Dysentery in Hazaribagh Central Jail - Number 52
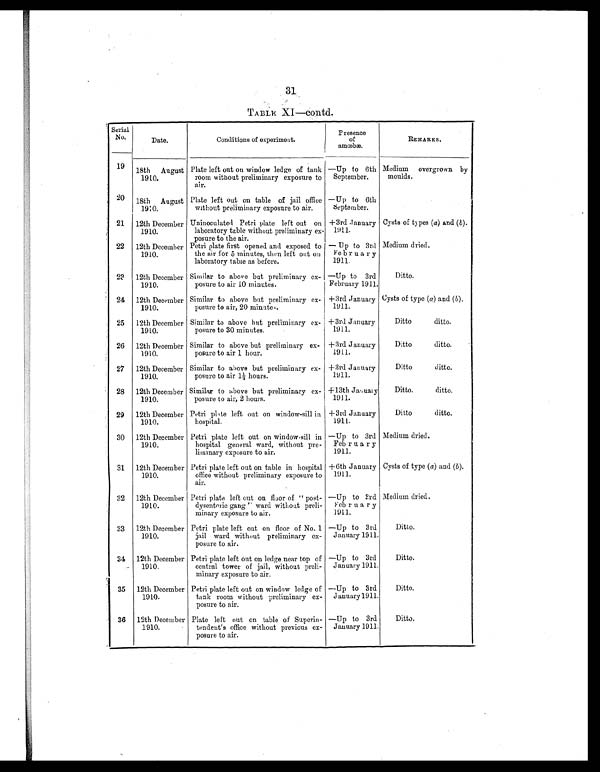
31
TABLE XI—contd.
Serial
No.
Date.
Conditions of experiment.
Presence
of
amœbæ.
REMARKS.
19 18th August
1910.
Plate left out on window ledge of tank
room without preliminary exposure to
air.
—Up to 6th
September.
Medium overgrown by
moulds.
20 18th August
1910.
Plate left out on table of jail office
without preliminary exposure to air.
—Up to 6th
September.
21 12th December
1910.
Uninoculated Petri plate left out on
laboratory table without preliminary ex-
posure to the air.
+3rd January
1911.
Cysts of types (a) and (b).
22 12th December
1910.
Petri plate first opened and exposed to
the air for 5 minutes, then left out on
laboratory table as before.
— Up to 3rd
February
1911.
Medium dried.
23 12th December
1910.
Similar to above but preliminary ex-
posure to air 10 minutes.
—Up to 3rd
February 1911.
Ditto.
24 12th December
1910.
Similar to above but preliminary ex-
posure to air, 20 minutes.
+3rd January
1911.
Cysts of type (a) and ( b).
25 12th December
1910.
Similar to above but preliminary ex-
posure to 30 minutes.
+3rd January
1911.
Ditto ditto.
26 12th December
1910.
Similar to above but preliminary ex-
posure to air 1 hour.
+3rd January
1911.
Ditto ditto.
27 12th December
1910.
Similar to above but preliminary ex-
posure to air 1½ hours.
+3rd January
1911.
Ditto ditto.
28 12th December
1910.
Similar to above but preliminary ex-
posure to air, 2 hours.
+13th January
1911.
Ditto. ditto.
29 12th December
1910.
Petri plate left out on window-sill in
hospital.
+3rd January
1911.
Ditto ditto.
30 12th December
1910.
Petri plate left out on window-sill in
hospital general ward, without pre-
liminary exposure to air.
—Up to 3rd
February
1911.
Medium dried.
31 12th December
1910.
Petri plate left out on table in hospital
office without preliminary exposure to
air.
+6th January
1911.
Cysts of type (a) and ( b).
32 12th December
1910.
Petri plate left out on floor of "post-
dysenteric gang" ward without preli-
minary exposure to air.
—Up to 3rd
February
1911.
Medium dried.
33 12th December
1910.
Petri plate left out on floor of No. 1
jail ward without preliminary ex-
posure to air.
—Up to 3rd
January 1911.
Ditto.
34 12th December
1910.
Petri plate left out on ledge near top of
central tower of jail, without preli-
minary exposure to air.
—Up to 3rd
January 1911.
Ditto.
35 12th December
1910.
Petri plate left out on window ledge of
tank room without preliminary ex-
posure to air.
—Up to 3rd
January 1911.
Ditto.
36 12th December
1910.
Plate left out on table of Superin-
tendent's office without previous ex-
posure to air.
—Up to 3rd
January 1911.
Ditto.